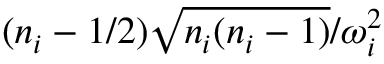
{ ( n _ { i } - 1 / 2 ) } \sqrt { n _ { i } ( n _ { i } - 1 ) } / { \omega _ { i } ^ { 2 } }